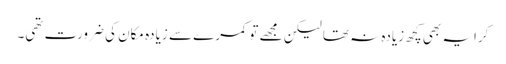
کرایہ بھی کچھ زیادہ نہ تھا لیکن مجھے تو کمرے سے زیادہ مکان کی ضرورت تھی۔